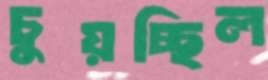
চুয়চ্ছিল